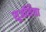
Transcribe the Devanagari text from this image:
सुअर्शिया